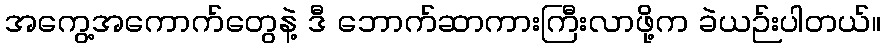
အကွေ့အကောက်တွေနဲ့ ဒီ ဘောက်ဆာကားကြီးလာဖို့က ခဲယဉ်းပါတယ်။